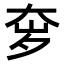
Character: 𫯥